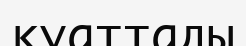
қуаттады